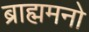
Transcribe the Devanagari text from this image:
ब्राह्ममनो